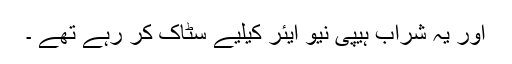
اور یہ شراب ہیپی نیو ایئر کیلیے سٹاک کر رہے تھے ۔